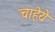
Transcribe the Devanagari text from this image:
चाहेये